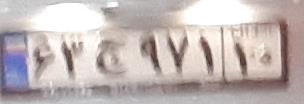
۶۳ج۹۷۱۱۰